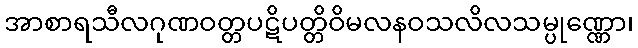
အာစာရသီလဂုဏဝတ္တပဋိပတ္တိဝိမလနဝသလိလသမ္ပုဏ္ဏော၊